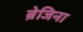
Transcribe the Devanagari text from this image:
ब्रेजिना